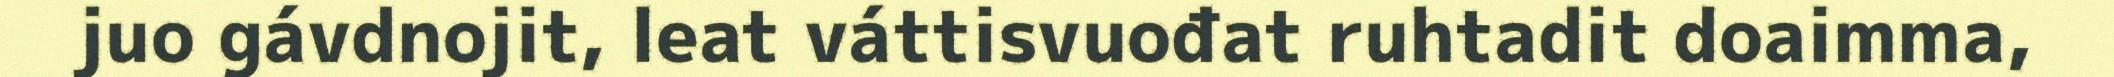
juo gávdnojit, leat váttisvuođat ruhtadit doaimma,